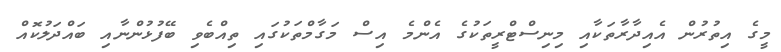
މީގެ އިތުރުން އެއިދާރާތަކާއި މިނިސްޓްރީތަކުގެ އެންމެ އިސް މަގާމްތަކުގައި ތިއްބެވި ބޭފުޅުންނާއި ބައްދަލުކޮއް